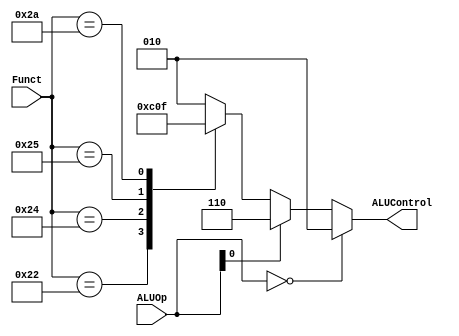
`default_nettype none
module Alu_control_unit #(
    parameter op_width =2,
    parameter Funct_width=6,
    parameter Alu_control_width=3
) (
    input  wire [op_width-1:0]ALUOp,
    input  wire [Funct_width-1:0]Funct,
    output reg  [Alu_control_width-1:0]ALUControl
);

localparam alu_and = 3'b000 ;  
localparam alu_or  = 3'b001 ;
localparam alu_slt = 3'b111 ;
localparam alu_add = 3'b010 ;
localparam alu_sub = 3'b110 ;
localparam Funct_ADD =6'b100000 ;
localparam Funct_SUB =6'b100010 ;
localparam Funct_AND =6'b100100 ;
localparam Funct_OR  =6'b100101 ;
localparam Funct_SLT =6'b101010 ;

    always @(*) begin
        
        if (ALUOp==2'b00) begin
            ALUControl=alu_add;
        end
        else begin
            if (ALUOp[0]==1'b1) begin
                ALUControl=alu_sub;
            end
                else begin
                    case (Funct)
                            Funct_ADD :  ALUControl = alu_add;
                            Funct_SUB :  ALUControl = alu_sub;
                            Funct_AND :  ALUControl = alu_and;
                            Funct_OR  :  ALUControl = alu_or ;
                            Funct_SLT :  ALUControl = alu_slt;
                            default: ALUControl = alu_add;
                    
                    endcase
                end
        end
    end
endmodule